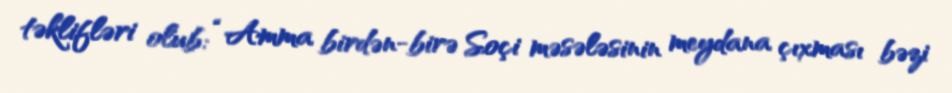
təklifləri olub: “Amma birdən-birə Soçi məsələsinin meydana çıxması bəzi